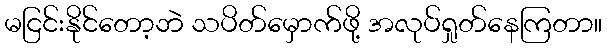
မငြင်းနိုင်တော့ဘဲ သပိတ်မှောက်ဖို့ အလုပ်ရှုတ်နေကြတာ။